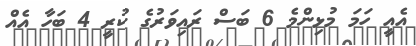
އެއީ ހަމަ މުޅިންމެ 6 ބަސް ރައިވަރުގެ ކުރީ 4 ބަހާ އެއް